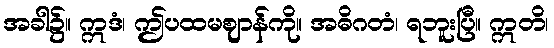
အခါ၌။ ဣဒံ၊ ဤပထမဈာန်ကို။ အဓိဂတံ၊ ရဘူးပြီ။ ဣတိ၊